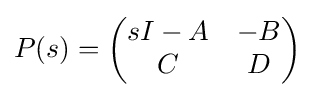
P(s)={\begin{pmatrix}sI-A&-B\\C&D\end{pmatrix}}